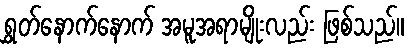
ရွှတ်နောက်နောက် အမူအရာမျိုးလည်း ဖြစ်သည်။